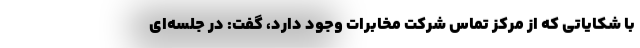
با شکایاتی که از مرکز تماس شرکت مخابرات وجود دارد، گفت: در جلسه‌ای